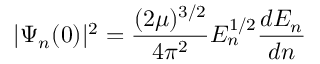
| \Psi _ { n } ( 0 ) | ^ { 2 } = \frac { ( 2 \mu ) ^ { 3 / 2 } } { 4 \pi ^ { 2 } } E _ { n } ^ { 1 / 2 } \frac { d E _ { n } } { d n }